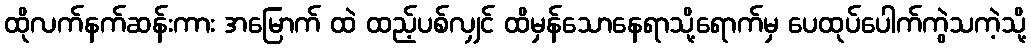
ထိုလက်နက်ဆန်းကား အမြောက် ထဲ ထည့်ပစ်လျှင် ထိမှန်သောနေရာသို့ရောက်မှ ပေထုပ်ပေါက်ကွဲသကဲ့သို့